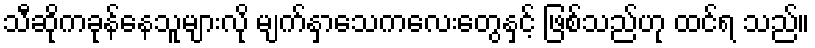
သီဆိုကခုန်နေသူများလို မျက်နှာသေကလေးတွေနှင့် ဖြစ်သည်ဟု ထင်ရ သည်။